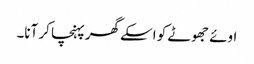
اوئے جھوٹے کو اسکے گھرپہنچا کر آنا۔